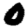
Digit: 0